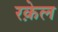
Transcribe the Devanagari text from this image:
रक़ेल